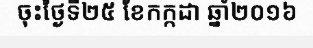
ចុះថ្ងៃទី២៥ ខែកក្កដា ឆ្នាំ២០១៦